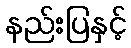
နည်းပြနှင့်